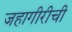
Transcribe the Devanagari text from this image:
जहागीरीची